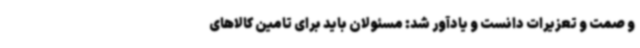
و صمت و تعزیرات دانست و یادآور شد: مسئولان باید برای تامین کالاهای